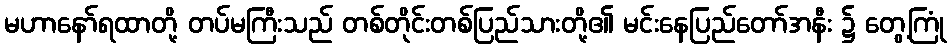
မဟာနော်ရထာတို့ တပ်မကြီးသည် တစ်တိုင်းတစ်ပြည်သားတို့၏ မင်းနေပြည်တော်အနီး ၌ တွေ့ကြုံ